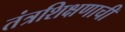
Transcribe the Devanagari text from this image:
तंत्रशिक्षणाची